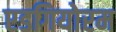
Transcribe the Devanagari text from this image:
एडगियोरम